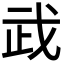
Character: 𢦰